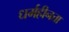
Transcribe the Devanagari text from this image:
धर्महीनता